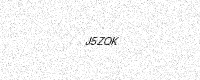
Text: J5ZQK